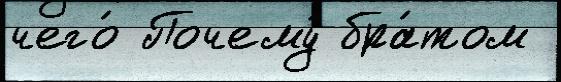
чего́ Почему́ бра́том